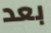
بعد